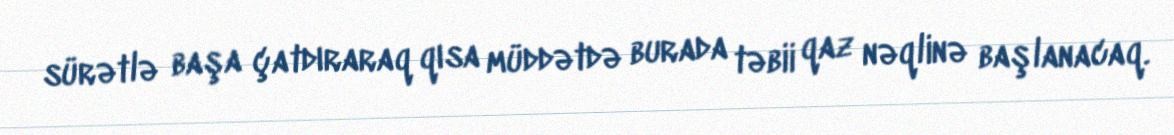
sürətlə başa çatdıraraq qısa müddətdə burada təbii qaz nəqlinə başlanacaq.